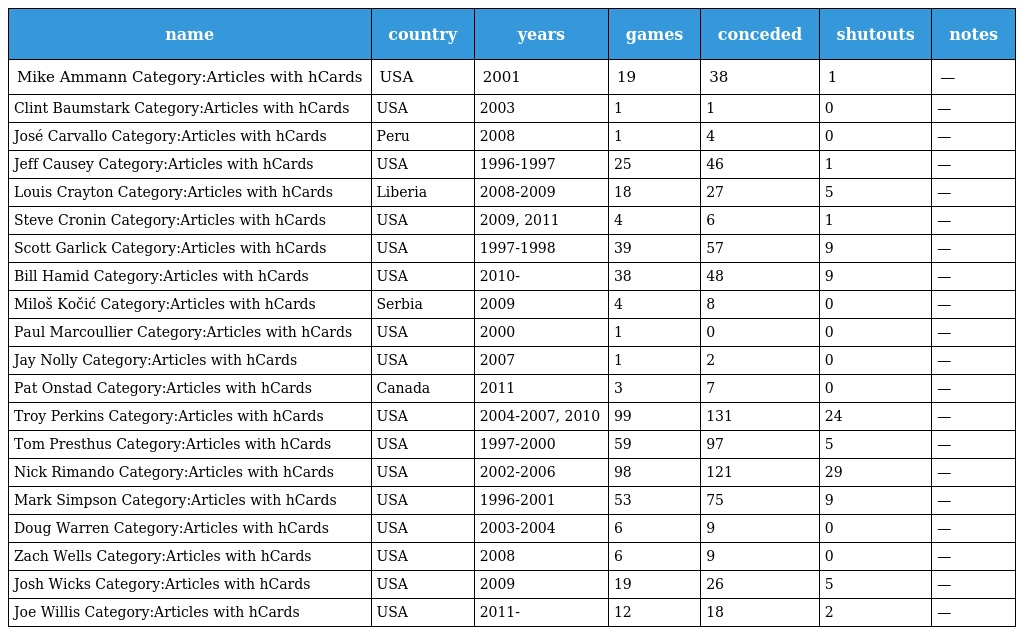
| name | country | years | games | conceded | shutouts | notes |
 | --- | --- | --- | --- | --- | --- | --- |
 | Mike Ammann Category:Articles with hCards | USA | 2001 | 19 | 38 | 1 | — |
 | Clint Baumstark Category:Articles with hCards | USA | 2003 | 1 | 1 | 0 | — |
 | José Carvallo Category:Articles with hCards | Peru | 2008 | 1 | 4 | 0 | — |
 | Jeff Causey Category:Articles with hCards | USA | 1996-1997 | 25 | 46 | 1 | — |
 | Louis Crayton Category:Articles with hCards | Liberia | 2008-2009 | 18 | 27 | 5 | — |
 | Steve Cronin Category:Articles with hCards | USA | 2009, 2011 | 4 | 6 | 1 | — |
 | Scott Garlick Category:Articles with hCards | USA | 1997-1998 | 39 | 57 | 9 | — |
 | Bill Hamid Category:Articles with hCards | USA | 2010- | 38 | 48 | 9 | — |
 | Miloš Kočić Category:Articles with hCards | Serbia | 2009 | 4 | 8 | 0 | — |
 | Paul Marcoullier Category:Articles with hCards | USA | 2000 | 1 | 0 | 0 | — |
 | Jay Nolly Category:Articles with hCards | USA | 2007 | 1 | 2 | 0 | — |
 | Pat Onstad Category:Articles with hCards | Canada | 2011 | 3 | 7 | 0 | — |
 | Troy Perkins Category:Articles with hCards | USA | 2004-2007, 2010 | 99 | 131 | 24 | — |
 | Tom Presthus Category:Articles with hCards | USA | 1997-2000 | 59 | 97 | 5 | — |
 | Nick Rimando Category:Articles with hCards | USA | 2002-2006 | 98 | 121 | 29 | — |
 | Mark Simpson Category:Articles with hCards | USA | 1996-2001 | 53 | 75 | 9 | — |
 | Doug Warren Category:Articles with hCards | USA | 2003-2004 | 6 | 9 | 0 | — |
 | Zach Wells Category:Articles with hCards | USA | 2008 | 6 | 9 | 0 | — |
 | Josh Wicks Category:Articles with hCards | USA | 2009 | 19 | 26 | 5 | — |
 | Joe Willis Category:Articles with hCards | USA | 2011- | 12 | 18 | 2 | — |